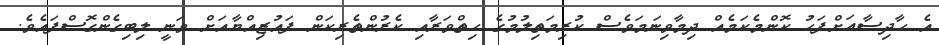
އެ ހާދިސާއަށްފަހު ކޮންމެކަމެއް ދިމާވިނަމަވެސް ކުރިމަތިލުުމުގެ ހިތްވަރާއި ކެރުންތެރިކަން ފައުޒިއްޔާއަށް ވަނީ ލިބިގެންގޮސްފައެވެ.